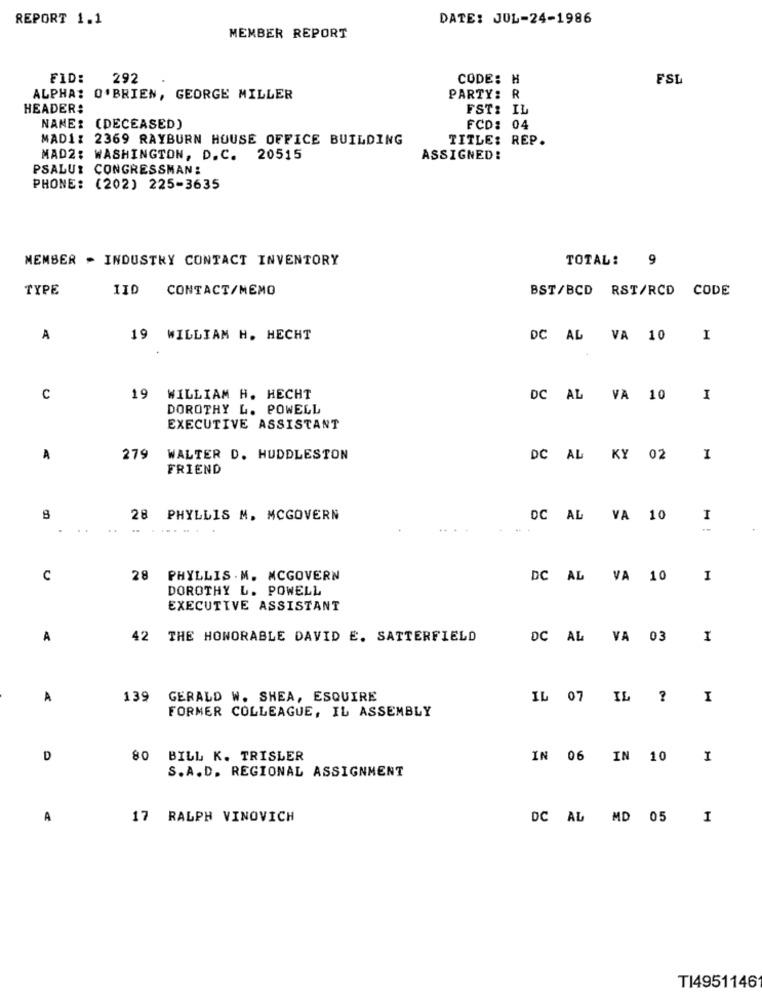
REPORT 1.1
DATE: JUL-24-1986
MEMBER REPORT
FID:
292
CODE: H
FSL
ALPHA: O'BRIEN, GEORGE MILLER
PARTY: R
HEADER:
FST: IL
NAME: (DECEASED)
FCD: 04
MAD1: 2369 RAYBURN HOUSE OFFICE BUILDING
TITLE: REP.
MAD2: WASHINGTON, D.C. 20515
ASSIGNED:
PSALU: CONGRESSMAN:
PHONE: (202) 225-3635
MEMBER - INDUSTRY CONTACT INVENTORY
TOTAL:
9
TYPE
110
CONTACT/MEMO
BST/BCD RST/RCD CODE
A
19 WILLIAM H. HECHT
DC AL VA 10 I
c
19
WILLIAM H. HECHT
DC AL VA 10
I
DOROTHY L. POWELL
EXECUTIVE ASSISTANT
A
279
WALTER D. HUDDLESTON
DC
AL
KY
02
I
FRIEND
8
28 PHYLLIS M. MCGOVERN
DC
AL
VA
10
I
C
28
PHYLLIS . M. MCGOVERN
DC
AL
VA
10
I
DOROTHY L. POWELL
EXECUTIVE ASSISTANT
A
42 THE HONORABLE DAVID E. SATTERFIELD
DC
AL
VA
03
I
A
139
GERALD W. SHEA, ESQUIRE
IL
07
IL
?
I
FORMER COLLEAGUE, IL ASSEMBLY
D
80
BILL K. TRISLER
IN
06
IN
10
I
S.A.D. REGIONAL ASSIGNMENT
A
17 RALPH VINOVICH
DC AL MD 05
I
TI4951146